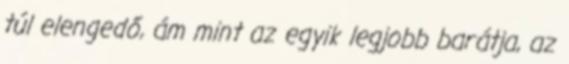
túl elengedő, ám mint az egyik legjobb barátja, az